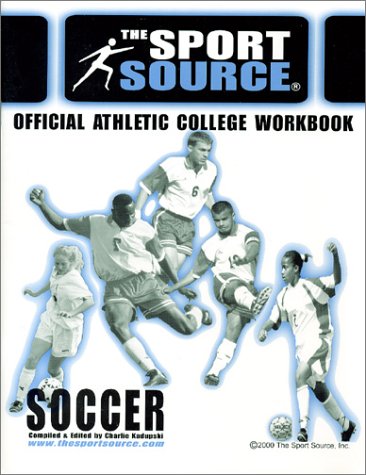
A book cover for The Official College Workbook Soccer; Charlie Kadupski; Teen & Young Adult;